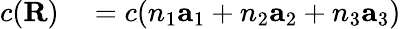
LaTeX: \begin{array}{rl}{c(\mathbf{R})}&{{}=c(n_{1}\mathbf{a}_{1}+n_{2}\mathbf{a}_{2}+n_{3}\mathbf{a}_{3})}\end{array}